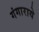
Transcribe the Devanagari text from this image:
गंगाराये